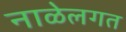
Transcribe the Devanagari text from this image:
नाळेलगत